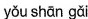
yǒu shān gaǐ